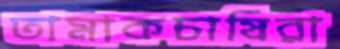
তামাকচাষিরা